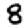
Digit: 8